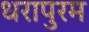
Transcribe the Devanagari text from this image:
धरापुरम